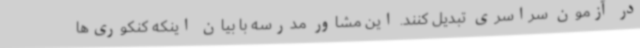
در آزمون سراسری تبدیل کنند. این مشاور مدرسه با بیان اینکه کنکوری‌ها